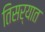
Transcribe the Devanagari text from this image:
तिसर्‍यात